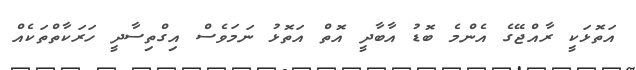
އަތޮޅަކީ ރާއްޖޭގެ އެންމެ ބޮޑު އާބާދީ އޮތް އަތޮޅު ނަމަވެސް އިގްތިސާދީ ހަރަކާތްތަކެއް